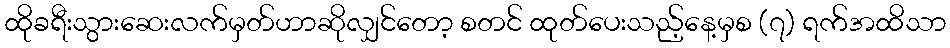
ထိုခရီးသွားဆေးလက်မှတ်ဟာဆိုလျှင်တော့ စတင် ထုတ်ပေးသည့်နေ့မှစ (၇) ရက်အထိသာ